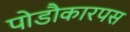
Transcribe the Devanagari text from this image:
पोडौकारपस